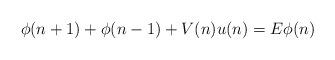
LaTeX: \begin{align*} \phi(n+1)+\phi(n-1)+ V(n)u(n)=E\phi(n) \end{align*}